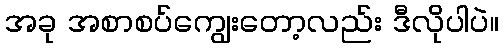
အခု အစာစပ်ကျွေးတော့လည်း ဒီလိုပါပဲ။